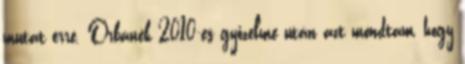
mutat erre. Orbánék 2010-es győzelme után azt mondtam, hogy